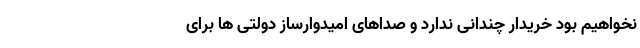
نخواهیم بود خریدار چندانی ندارد و صداهای امیدوارساز دولتی ها برای